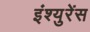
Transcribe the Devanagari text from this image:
इंश्युरेंस